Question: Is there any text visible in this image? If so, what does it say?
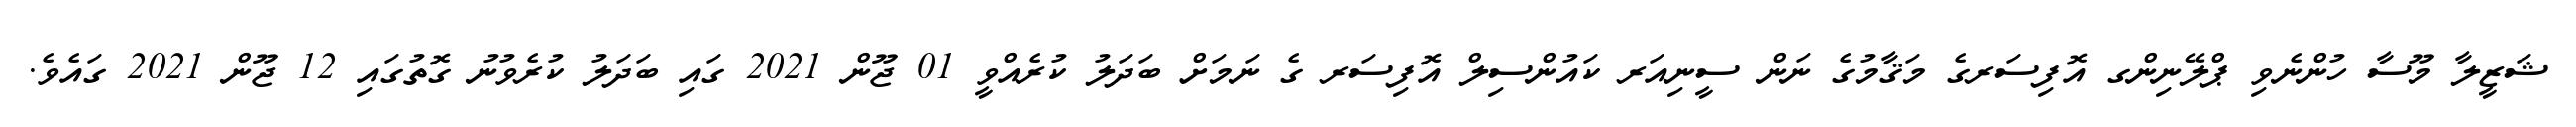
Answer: ޝަޒީލާ މޫސާ ހުންނެވި ޕްލޭނިންގ އޮފިސަރގެ މަޤާމުގެ ނަން ސީނިއަރ ކައުންސިލް އޮފިސަރ ގެ ނަމަށް ބަދަލު ކުރެއްވީ 01 ޖޫން 2021 ގައި ބަދަލު ކުރެވުނު ގޮތުގައި 12 ޖޫން 2021 ގައެވެ.